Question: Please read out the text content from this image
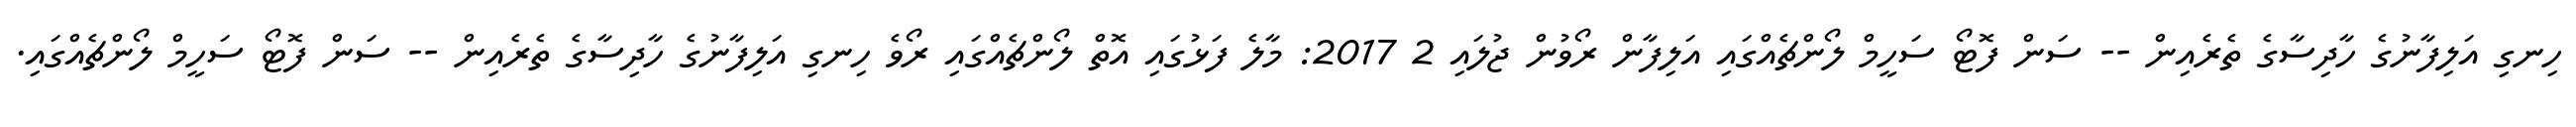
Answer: ހިނގި އަލިފާނުގެ ހާދިސާގެ ތެރެއިން -- ސަން ފޮޓޯ ސަހީމް ލޯންޗެއްގައި އަލިފާން ރޯވުން ޖުލައި 2 2017: މާލެ ފަޅުގައި އޮތް ލޯންޗެއްގައި ރޯވެ ހިނގި އަލިފާނުގެ ހާދިސާގެ ތެރެއިން -- ސަން ފޮޓޯ ސަހީމް ލޯންޗެއްގައި.